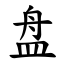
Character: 盘